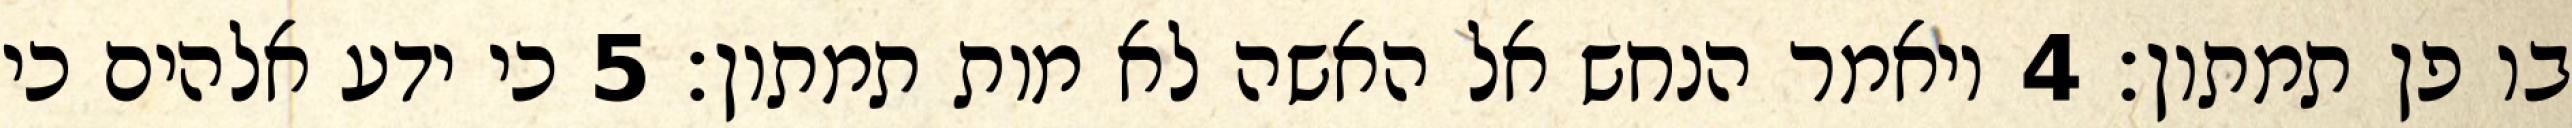
בו פן תמתון׃ ‎4‏ ויאמר הנחש אל האשה לא מות תמתון׃ ‎5‏ כי ידע אלהים כי